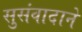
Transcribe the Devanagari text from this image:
सुसंवादाने